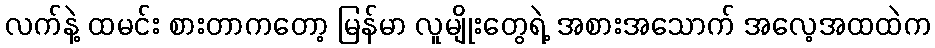
လက်နဲ့ ထမင်း စားတာကတော့ မြန်မာ လူမျိုးတွေရဲ့ အစားအသောက် အလေ့အထထဲက